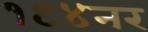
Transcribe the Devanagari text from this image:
१९४नर